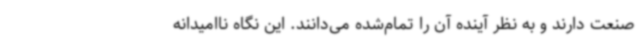
صنعت دارند و به نظر آینده آن را تمام‌شده می‌دانند. این نگاه ناامیدانه